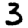
Digit: 3